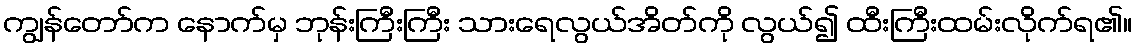
ကျွန်တော်က နောက်မှ ဘုန်းကြီးကြီး သားရေလွယ်အိတ်ကို လွယ်၍ ထီးကြီးထမ်းလိုက်ရ၏။